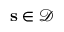
\mathbf { s } \in { \mathcal { D } }